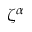
\zeta ^ { \alpha }